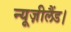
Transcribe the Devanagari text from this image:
न्यूज़ीलैंड।